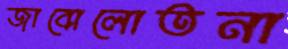
জাবোলোতনা